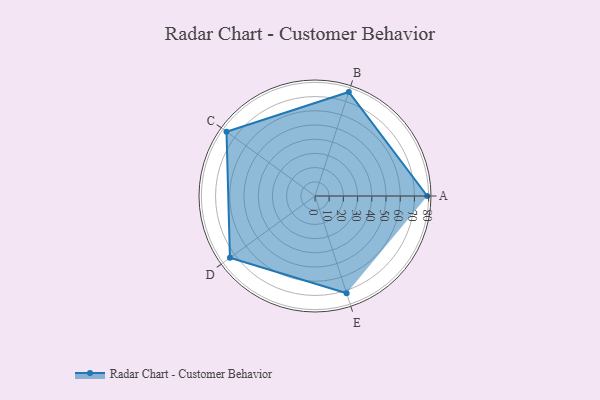
{"axis": {"x": "Skill", "y": "Score"}, "legend": ["Profile"], "data": [{"x": "A", "y": 79.0, "type": "Profile"}, {"x": "B", "y": 77.0, "type": "Profile"}, {"x": "C", "y": 77.0, "type": "Profile"}, {"x": "D", "y": 74.0, "type": "Profile"}, {"x": "E", "y": 72.0, "type": "Profile"}]}